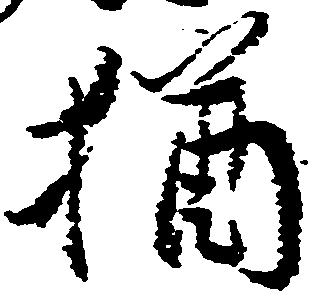
猶